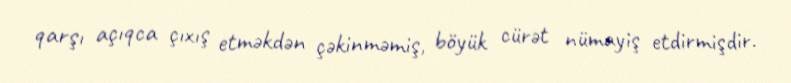
qarşı açıqca çıxış etməkdən çəkinməmiş, böyük cürət nümayiş etdirmişdir.